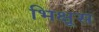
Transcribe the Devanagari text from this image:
भिक्षूस